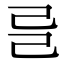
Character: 𢀵